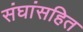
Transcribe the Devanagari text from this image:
संघांसहित